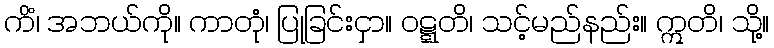
ကိံ၊ အဘယ်ကို။ ကာတုံ၊ ပြုခြင်းငှာ။ ဝဋ္ဋတိ၊ သင့်မည်နည်း။ ဣတိ၊ သို့။